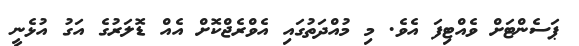
ޕަސެންޓަށް ވެއްޓިފަ އެވެ. މި މުއްދަތުގައި އެވްރެޖްކޮށް އެއް ޑޮލަރުގެ އަގު އުޅެނީ